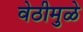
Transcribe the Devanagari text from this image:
वेठीमुळे